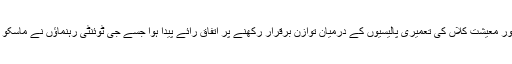
گزشتہ سال برازیل میں ہونے والے جی ٹوئنٹی کے اجلاس میں معیشت کے استحکام اور معیشت کلاں کی تعمیری پالیسیوں کے درمیان توازن برقرار رکھنے پر اتفاق رائے پیدا ہوا جسے جی ٹوئنٹی رہنماؤں نے ماسکو میں ہونے والے گزشتہ اجلاس کی طرح اپنے متعدد اجلاسوں میں بھی دوبارہ نافذ کیا۔